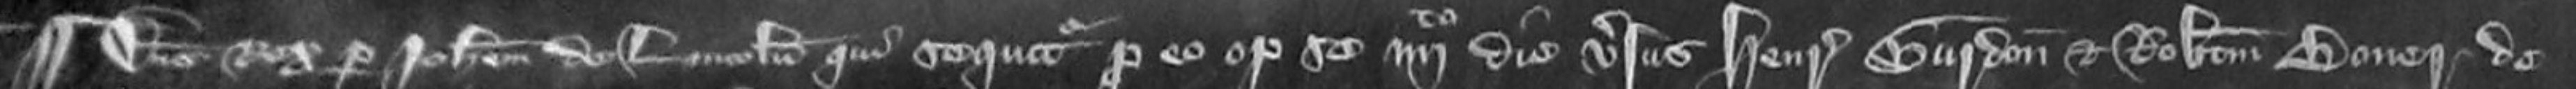
¶ Dominus Rex per Johannem de Lincoln qui sequitur pro eo optulit se quarto die versus Henricum Gurdon et Robertum Boner